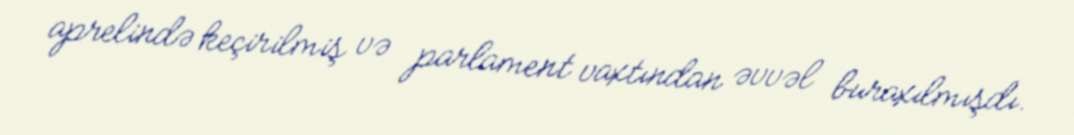
aprelində keçirilmiş və parlament vaxtından əvvəl buraxılmışdı.